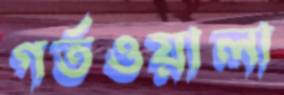
গর্তওয়ালা